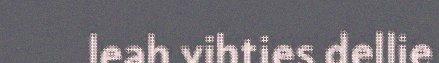
leah vihties dellie